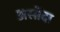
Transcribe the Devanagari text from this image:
असोंदा